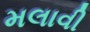
મલાવી